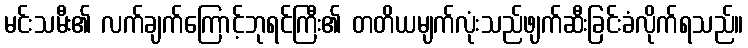
မင်းသမီး၏ လက်ချက်ကြောင့်ဘုရင်ကြီး၏ တတိယမျက်လုံးသည်ဖျက်ဆီးခြင်းခံလိုက်ရသည်။